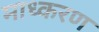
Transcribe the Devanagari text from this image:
माध्करण